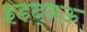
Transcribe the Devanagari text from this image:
इडद्धऊ